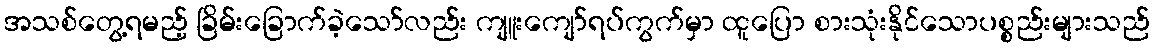
အသစ်တွေ့ရမည့် ခြိမ်းခြောက်ခဲ့သော်လည်း ကျူးကျော်ရပ်ကွက်မှာ ထူပြော စားသုံးနိုင်သောပစ္စည်းများသည်